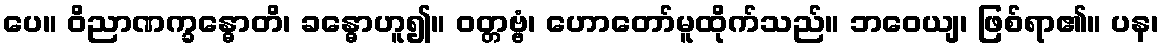
ပေ။ ဝိညာဏက္ခန္ဓောတိ၊ ခန္ဓောဟူ၍။ ဝတ္တဗ္ဗံ၊ ဟောတော်မူထိုက်သည်။ ဘဝေယျ၊ ဖြစ်ရာ၏။ ပန၊